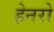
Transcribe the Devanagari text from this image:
हेनरो